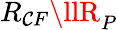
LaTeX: R_{\mathcal{C}F}\llR_{P}